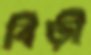
বিড়ী